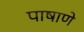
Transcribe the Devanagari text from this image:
पाषाणे